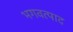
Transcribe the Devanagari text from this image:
भगवत्पाद